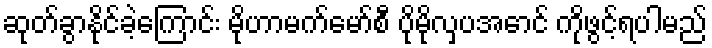
ဆုတ်ခွာနိုင်ခဲ့ကြောင်း မိုဟာမက်မော်စီ ပိုမိုလှပအောင် ကိုဖွင့်ရပါမည်